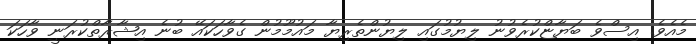
މެއެވެ. އިސްވެ ބަޔާޏްކުރެވުނު ލިޔުމުގައި ލިޔުންތެރިޔާ މައުމޫމުން ގެވާހަކައޭ ބުނެ އިޝާރާތްކުރަނީ ވާހަކަ